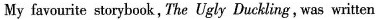
My favourite storybook, The Ugly Duckling, was written